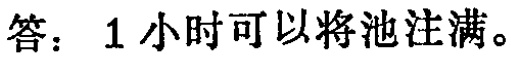
答：1小时可以将池注满。